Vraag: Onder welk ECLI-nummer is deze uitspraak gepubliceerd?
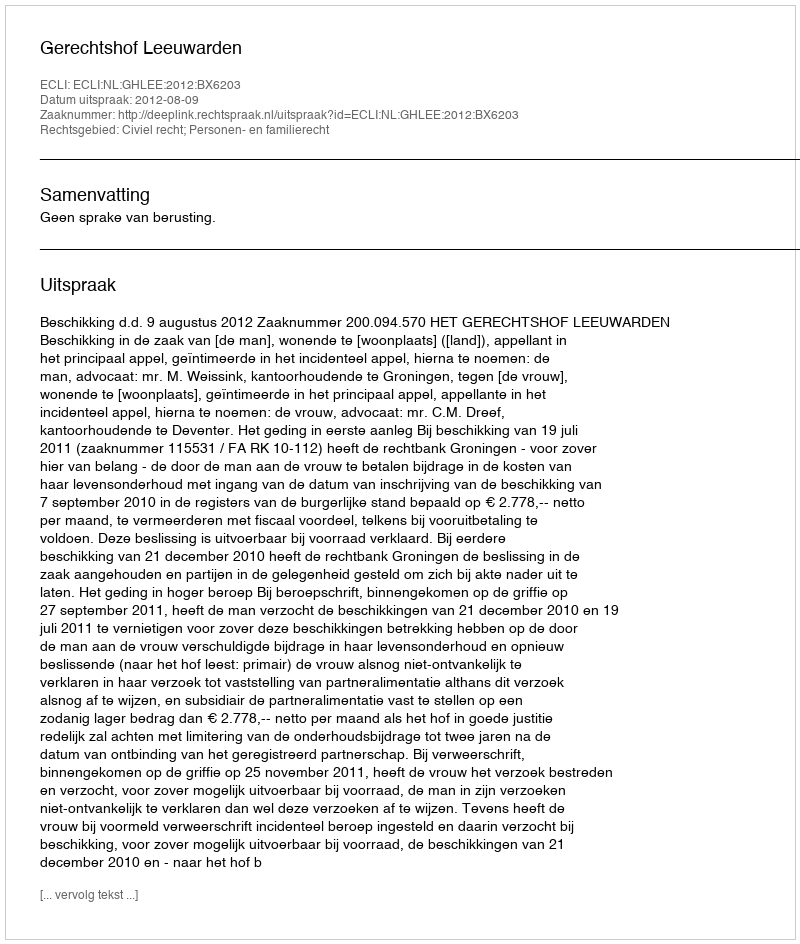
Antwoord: ECLI:NL:GHLEE:2012:BX6203